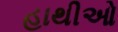
હાથીઓ